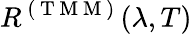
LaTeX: R^{\mathrm{~(~T~M~M~)~}}(\lambda,T)